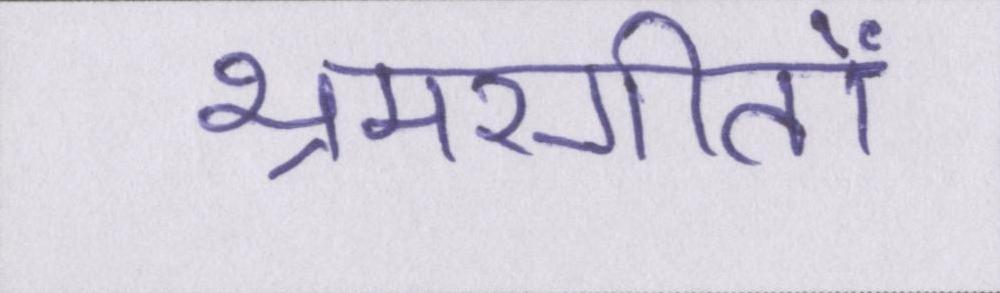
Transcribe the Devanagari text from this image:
भ्रमरगीतों